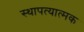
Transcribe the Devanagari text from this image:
स्थापत्यात्मक